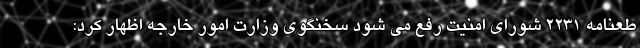
طعنامه ۲۲۳۱ شورای امنیت رفع می شود سخنگوی وزارت امور خارجه اظهار کرد: